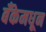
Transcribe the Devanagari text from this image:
बँकेमधून